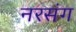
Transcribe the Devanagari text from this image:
नरसंग